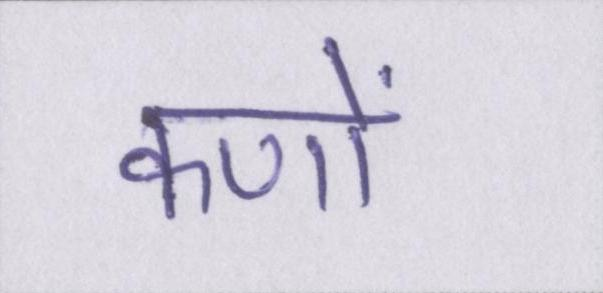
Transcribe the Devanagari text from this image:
कणों